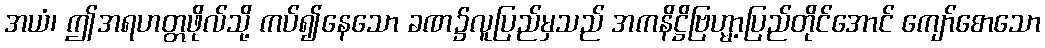
အယံ၊ ဤအရဟတ္တဖိုလ်သို့ ကပ်၍နေသော ခဏ၌လူပြည်မှသည် အကနိဋ္ဌိဗြဟ္မာ့ပြည်တိုင်အောင် ကျော်စောသော